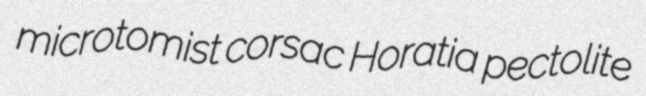
microtomist corsac Horatia pectolite